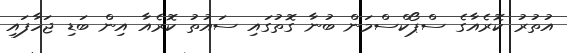
އުތުރު ކޮރެއާގެ ސްޕޯކްސްމަން ބުނާ ގޮތުގައި ސައުތު ކޮރެއާ އިން ބަޑި ޖަހާފައި